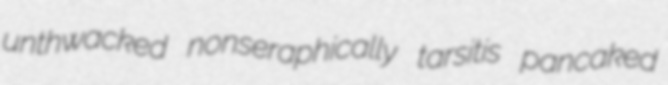
unthwacked nonseraphically tarsitis pancaked